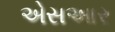
એસઆર